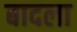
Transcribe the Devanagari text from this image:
बादला